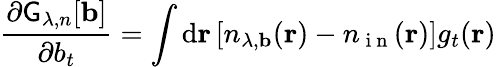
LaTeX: \frac{\partial\mathsf{G}_{\lambda,n}[\mathbf{b}]}{\partial b_{t}}=\int\mathrm{d}\mathbf{r}\, \lbrack n_{\lambda,\mathbf{b}}(\mathbf{r})-n_{\mathrm{~i~n~}}(\mathbf{r})\rbrack g_{t}(\mathbf{r})